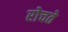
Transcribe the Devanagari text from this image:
रोचते